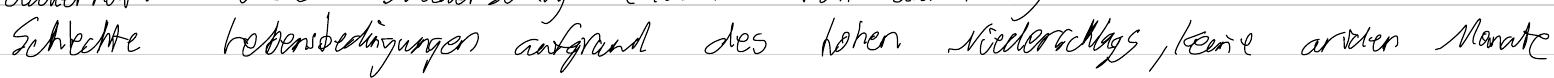
Schlechte Lebensbedingungen aufgrund des hohen Niederschlags, keine ariden Monate